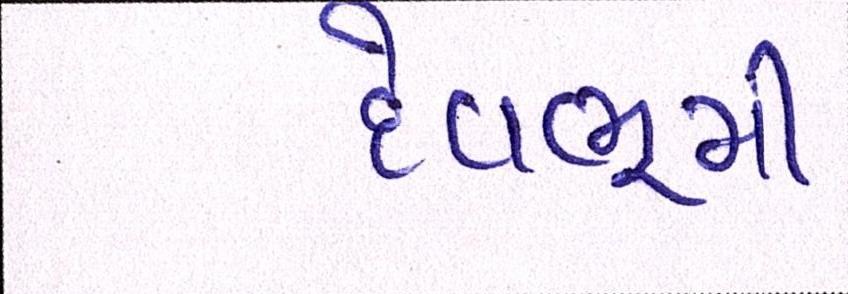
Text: દેવભુમી